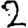
Digit: 2